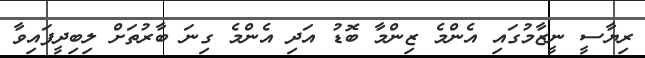
ރިޔާސީ ނީޒާމުގައި އެންމެ ޒިންމާ ބޮޑު އަދި އެންމެ ގިނަ ބާރުތަށް ލިބިދީފައިވާ